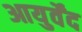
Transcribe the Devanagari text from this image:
आयुर्वेंद